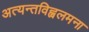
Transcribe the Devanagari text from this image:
अत्यन्तविह्वलमना